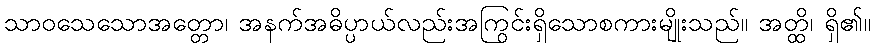
သာဝသေသောအတ္တော၊ အနက်အဓိပ္ပာယ်လည်းအကြွင်းရှိသောစကားမျိုးသည်။ အတ္ထိ၊ ရှိ၏။